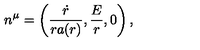
n ^ { \mu } = \left( \frac { \dot { r } } { r a ( r ) } , \frac { E } { r } , 0 \right) ,